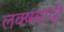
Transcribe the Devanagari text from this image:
लक्ष्म्यादी